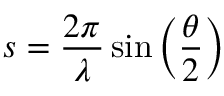
s = \frac { 2 \pi } { \lambda } \sin \left( \frac { \theta } { 2 } \right)